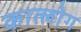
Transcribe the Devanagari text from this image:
कात्लोग